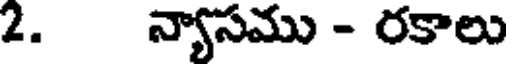
2. న్యాసము - రకాలు